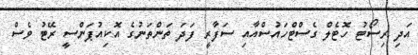
އަދި ރިސޯޓު ހޮޓެލް ގެސްޓްހައުސްއާއި ސަފާރީ ފަދަ ތަންތަނުގެ އޮކިއުޕަންސީ ރޭޓު ވެސް